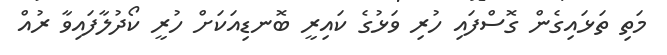
މަތި ތަޅައިގެން ގޮސްފައި ހުރި ވަޅުގެ ކައިރީ ބޮނޑިއަކަށް ހުރީ ކޯދުލާފައިވާ ރުއް